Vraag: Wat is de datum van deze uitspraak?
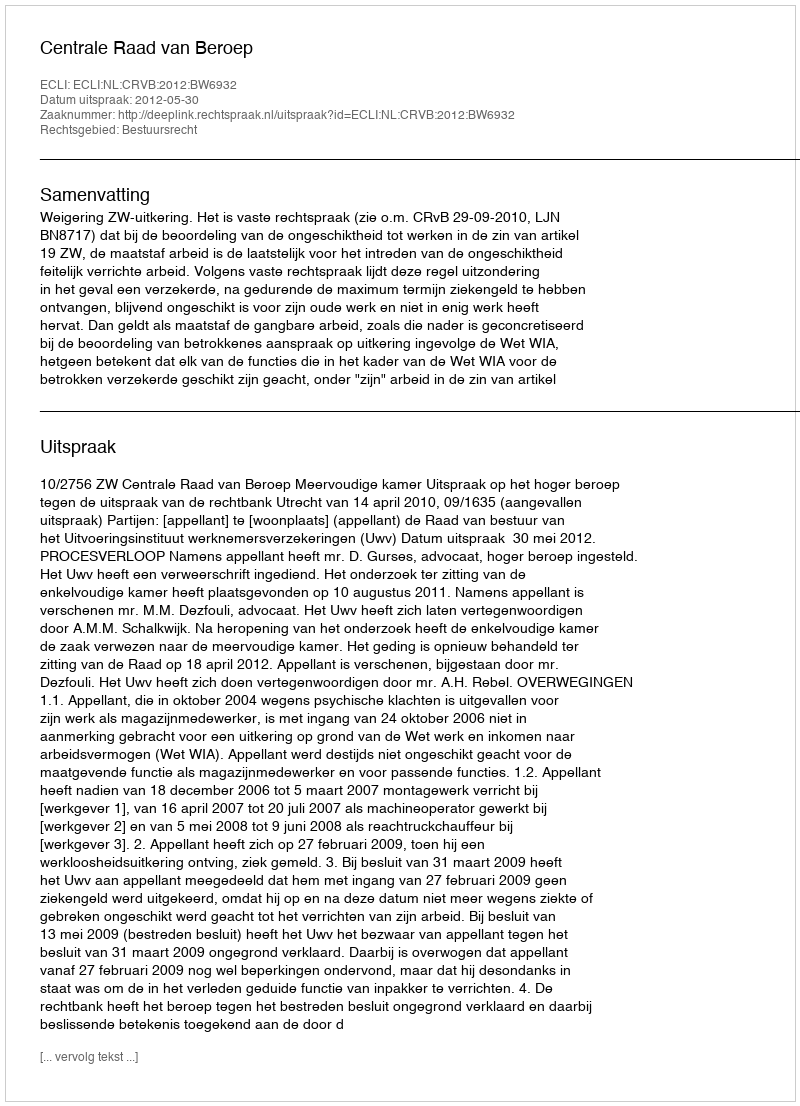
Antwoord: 2012-05-30